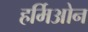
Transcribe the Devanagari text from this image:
हर्मिओन